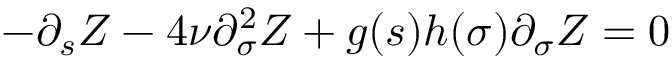
- \partial _ { s } Z - 4 \nu \partial _ { \sigma } ^ { 2 } Z + g ( s ) h ( \sigma ) \partial _ { \sigma } Z = 0